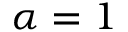
\alpha = 1